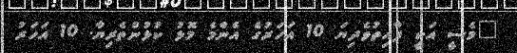
"މެސީ އަކީ ފާއިތުވެދިޔަ 10 އަހަރުގެ އެންމެ މޮޅު ކުޅުންތެރިޔާ. 10 އަހަރު